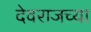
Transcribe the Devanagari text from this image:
देवराजच्या